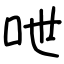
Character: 呭